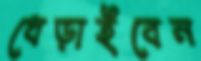
ধেড়াইবেন